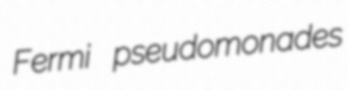
Fermi pseudomonades